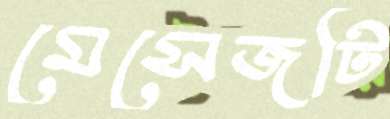
মেসেজটি